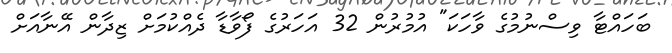
ބަހައްޓާ ވިސްނުމުގެ ވާހަކަ" އުމުރުން 32 އަހަރުގެ ފޯވާޑާ ދެއްކުމަށް ޒިދާން އޭނާއަށް